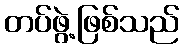
တပ်ဖွဲ့ဖြစ်သည်